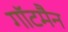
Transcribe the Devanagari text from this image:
गॉटमैन